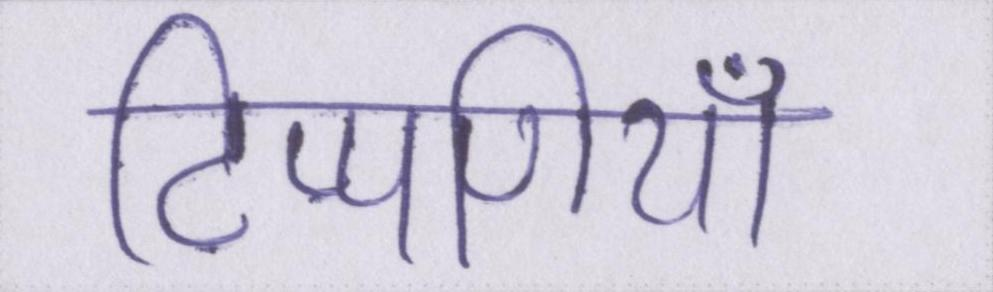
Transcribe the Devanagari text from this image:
टिप्पणियाँ